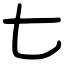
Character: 七